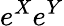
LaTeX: e^{X}e^{Y}